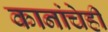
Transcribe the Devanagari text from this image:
कानांचेही